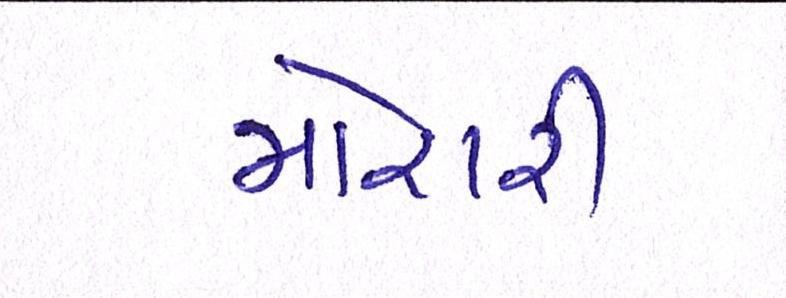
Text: મોરારી